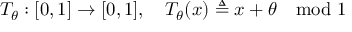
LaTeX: T _ { \theta } : [ 0 , 1 ] \rightarrow [ 0 , 1 ] , \quad T _ { \theta } ( x ) \triangleq x + \theta \mod 1